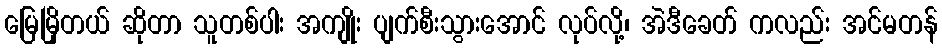
မြေမြိုတယ် ဆိုတာ သူတစ်ပါး အကျိုး ပျက်စီးသွားအောင် လုပ်လို့၊ အဲဒီခေတ် ကလည်း အင်မတန်